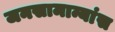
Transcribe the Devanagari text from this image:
जनसामान्यांस